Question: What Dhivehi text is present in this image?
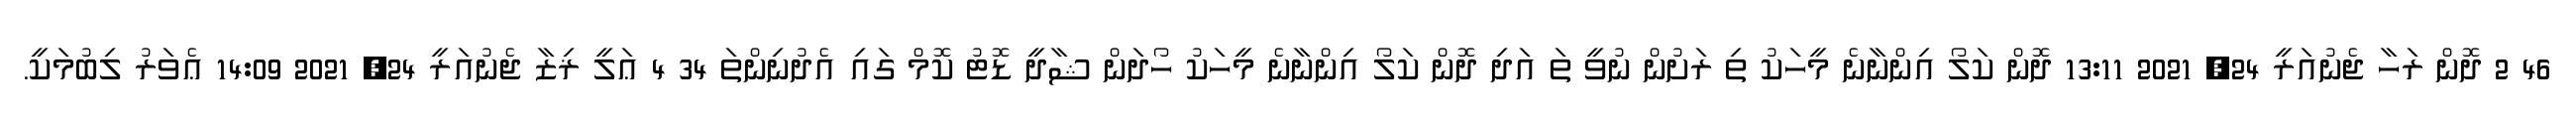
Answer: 46 2 ދޮން ރަހާ ޖެނުއަރީ 24, 2021 13:11 ދޮން ކަލޯ އިންނާނެ މީހަކު ތި ރަށުން ނުވީ ތަ އަދި ދޮން ކަލޯ އިންނާނެ މީހަކު ހޯދަން ޝާދީ ޑޮޓު ކޮމް ގައި އެދުނިންތަ 34 4 ޢަލީ ޜިޒާ ޖެނުއަރީ 24, 2021 14:09 ޢެވަރު ލިބުމަކީ.